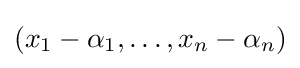
(x_{1}-\alpha _{1},\ldots ,x_{n}-\alpha _{n})